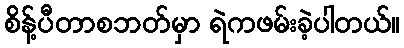
စိန့်ပီတာစဘတ်မှာ ရဲကဖမ်းခဲ့ပါတယ်။